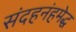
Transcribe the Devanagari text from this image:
संदहनंहमेद्ध